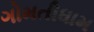
ગોમતીધામ